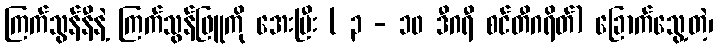
ကြက်သွန်နီနဲ့ ကြက်သွန်ဖြူကို အေးပြီး ( ၃ - ၁၀ ဒီဂရီ စင်တီဂရိတ်) ခြောက်သွေ့တဲ့၊